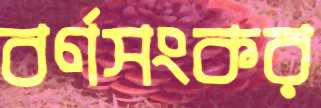
বর্ণসংকর